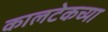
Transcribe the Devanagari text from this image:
कालटेकच्या